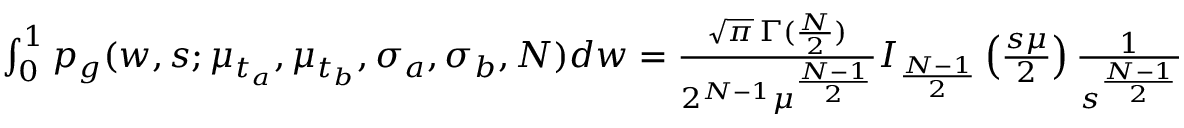
\begin{array} { r } { \int _ { 0 } ^ { 1 } p _ { g } ( w , s ; \mu _ { t _ { a } } , \mu _ { t _ { b } } , \sigma _ { a } , \sigma _ { b } , N ) d w = \frac { \sqrt { \pi } \, \Gamma ( \frac { N } { 2 } ) } { 2 ^ { N - 1 } \mu ^ { \frac { N - 1 } { 2 } } } I _ { \frac { N - 1 } { 2 } } \left( \frac { s \mu } { 2 } \right) \frac { 1 } { s ^ { \frac { N - 1 } { 2 } } } } \end{array}